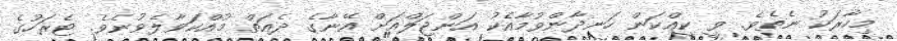
މިހާރަކު ނެތެވެ. ވީ ކީއްކަން ހަނދާންވުމާއެކު އަންޖަލްއަށް އޭނާގެ ދެއަތް މުއްކަވާލެވުނެވެ. ޓެރަހުގެ